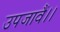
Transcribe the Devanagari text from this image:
उपजावैं।।